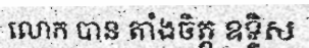
លោក បាន តាំងចិត្ត ឧទ្ទិស